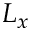
L _ { x }